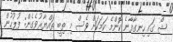
ޝޯ ގައި ހިނގާފާނެ ކޮންމެ ކަމަކަށް ވެސް މި ތިބީ ތައްޔާރުވެގެން: ފުލުހުން